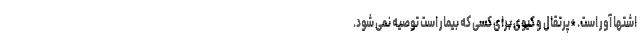
اشتها آور است. *پرتقال و کیوی برای کسی که بیمار است توصیه نمی شود.